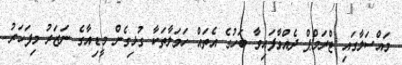
މައްސަލާގައި ޓްރަމްޕް ދެއްވާފައިވާ ބަހުގެ އެތައް ހަމަލާތަކާ ގުޅިގެން މީޑިއާގެ ނަޒަރު މިފަހަރު